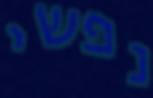
נפשי